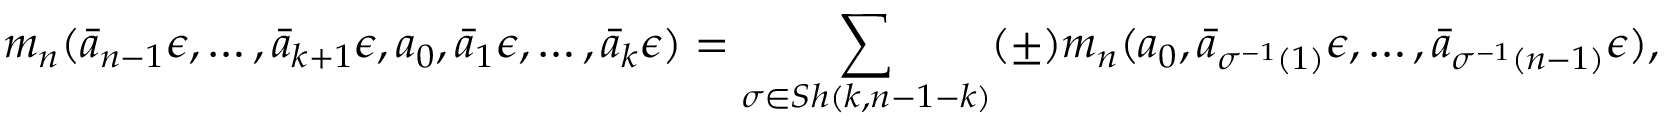
m _ { n } ( \bar { a } _ { n - 1 } \epsilon , \dots , \bar { a } _ { k + 1 } \epsilon , a _ { 0 } , \bar { a } _ { 1 } \epsilon , \dots , \bar { a } _ { k } \epsilon ) = \sum _ { \sigma \in S h ( k , n - 1 - k ) } ( \pm ) m _ { n } ( a _ { 0 } , \bar { a } _ { \sigma ^ { - 1 } ( 1 ) } \epsilon , \dots , \bar { a } _ { \sigma ^ { - 1 } ( n - 1 ) } \epsilon ) ,